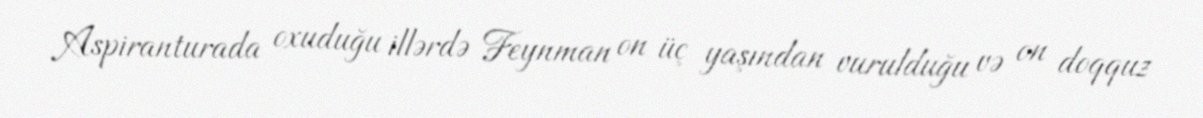
Aspiranturada oxuduğu illərdə Feynman on üç yaşından vurulduğu və on doqquz